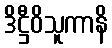
ဒိဋ္ဌီဝိသူကာနိ